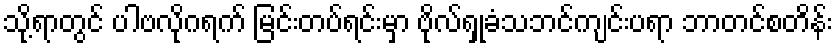
သို့ရာတွင် ပါဗလိုဂရက် မြင်းတပ်ရင်းမှာ ဗိုလ်ရှုခံသဘင်ကျင်းပရာ ဘာတင်စတိန်း